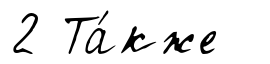
2 Та́кже